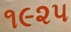
૧૯૨૫